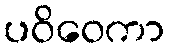
ပဝိဝေကာ